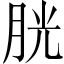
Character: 胱